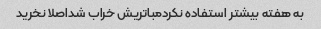
به هفته بیشتر استفاده نکردمباتریش خراب شداصلا نخرید